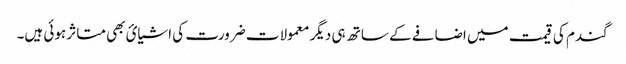
گندم کی قیمت میں اضافے کے ساتھ ہی دیگر معمولات ضرورت کی اشیائ بھی متاثر ہوئی ہیں۔